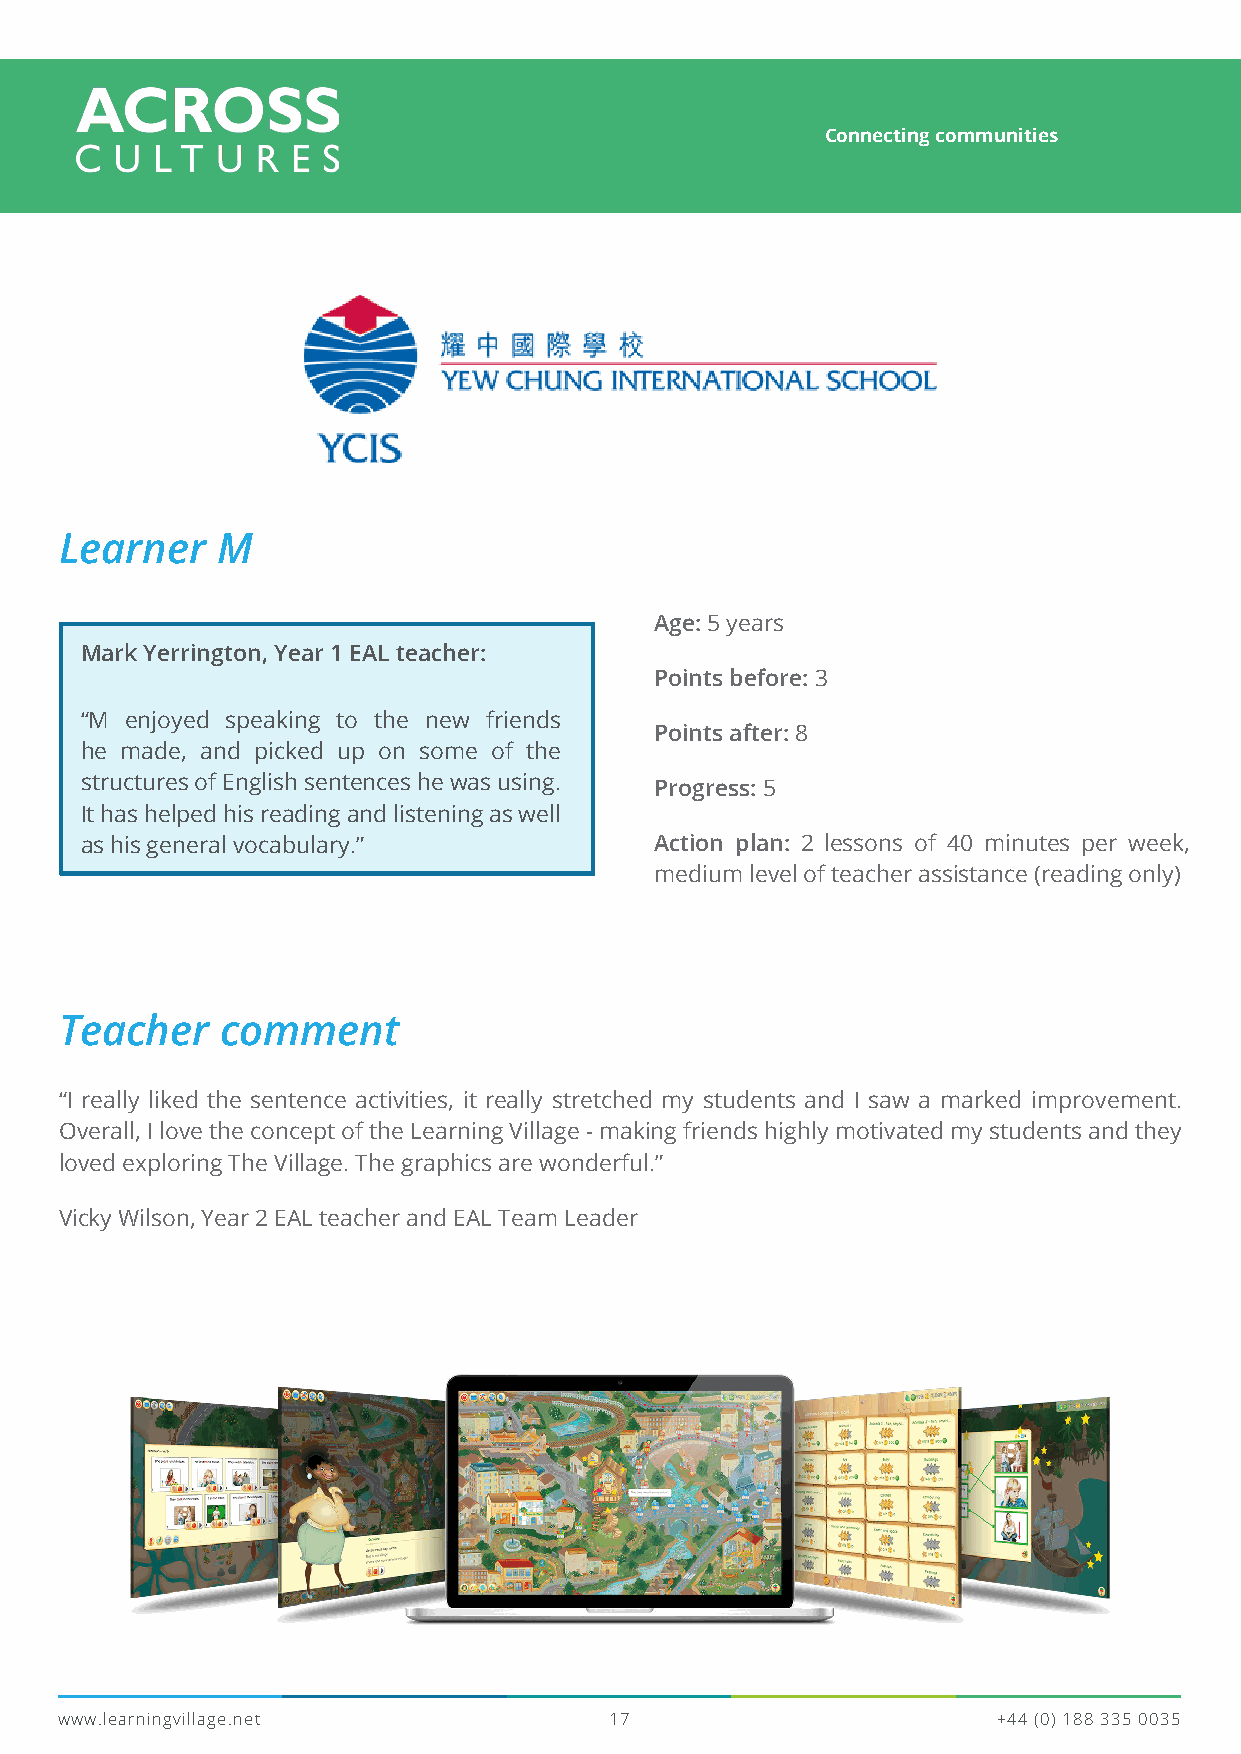
Connecting communities
 Yew Chung International School
 Learner   M
 Age: 5 years
 Mark Yerrington, Year 1 EAL teacher:
 Points before: 3
 “M enjoyed speaking to the new friends
 Points after: 8
 he made, and picked up on some of the
 structures of English sentences he was using. Progress: 5
 It has helped his reading and listening as well
 as his general vocabulary.”           Action plan: 2 lessons of 40 minutes per week,
 medium level of teacher assistance (reading only)
 Teacher    comment
 “I really liked the sentence activities, it really stretched my students and I saw a marked improvement.
 Overall, I love the concept of the Learning Village - making friends highly motivated my students and they
 loved exploring The Village. The graphics are wonderful.”
 Vicky Wilson, Year 2 EAL teacher and EAL Team Leader
 www.learningvillage.net             17                        +44 (0) 188 335 0035